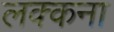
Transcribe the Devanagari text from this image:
लक्कना